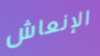
الإنعاش